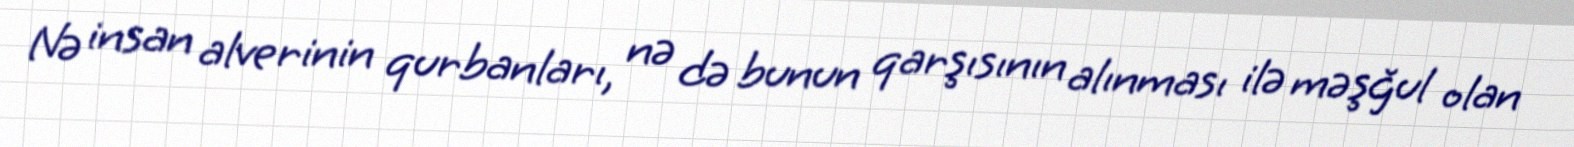
Nə insan alverinin qurbanları, nə də bunun qarşısının alınması ilə məşğul olan